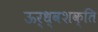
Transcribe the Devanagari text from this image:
ऊर्ध्वशक्ति